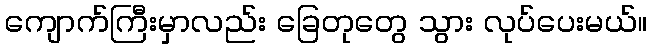
ကျောက်ကြီးမှာလည်း ခြေတုတွေ သွား လုပ်ပေးမယ်။